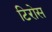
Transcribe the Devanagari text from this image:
टिरोस